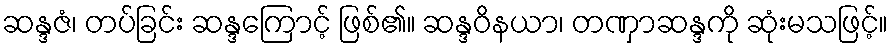
ဆန္ဒဇံ၊ တပ်ခြင်း ဆန္ဒကြောင့် ဖြစ်၏။ ဆန္ဒဝိနယာ၊ တဏှာဆန္ဒကို ဆုံးမသဖြင့်။